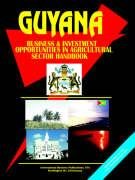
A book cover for Guyana Business and Investment Opportunities in Agricultural Sector Handbook (World Business Library); Ibp Usa; Travel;